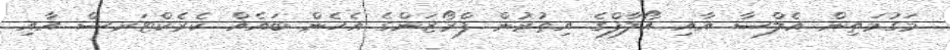
މަގުމަތިން އެލްސާ އާއި އޯލާފްގެ އިތުރުން ފްރޯޒަންގެ އެހެން ބައެއް ކެރެކްޓަރސް އާއި